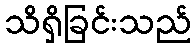
သိရှိခြင်းသည်